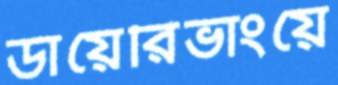
ডায়েরিভাংয়ে